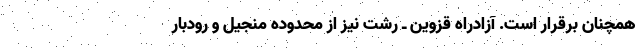
همچنان برقرار است. آزادراه قزوین ـ رشت نیز از محدوده منجیل و رودبار